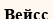
Вейсс